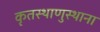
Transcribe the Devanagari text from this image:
कृतस्थाणुस्थाना